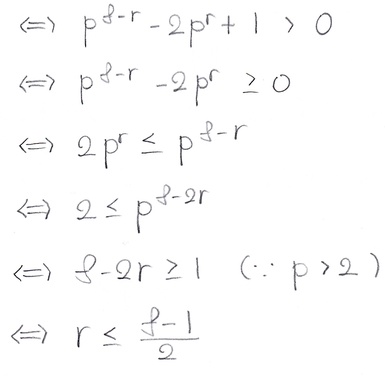
\[
\begin{align*}
&\Leftrightarrow p^{s - r}-2p^{r}+1>0\\
&\Leftrightarrow p^{s - r}-2p^{r}\geq0\\
&\Leftrightarrow 2p^{r}\leq p^{s - r}\\
&\Leftrightarrow 2\leq p^{s - 2r}\\
&\Leftrightarrow s - 2r\geq1\quad(\because p > 2)\\
&\Leftrightarrow r\leq\frac{s - 1}{2}
\end{align*}
\]